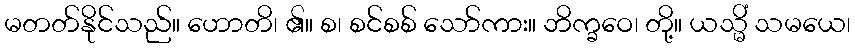
မတတ်နိုင်သည်။ ဟောတိ၊ ၏။ စ၊ စင်စစ် သော်ကား။ ဘိက္ခဝေ၊ တို့။ ယသ္မိံ သမယေ၊